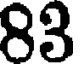
83